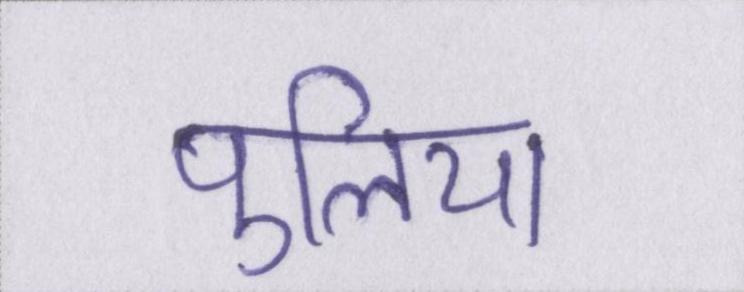
पुलिया